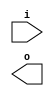
module msd (
	input [3:0] i,
	output [3:0] o
);
	//write Verilog code here
endmodule

module msd_tb;
	reg [3:0] i;
	wire [3:0] o;

	msd msd_i (.i(i), .o(o));

	integer k;
	initial begin
		$display("Time\ti\to");
		$monitor("%0t\t%b\t%b", $time, i, o);
		i = 0;
		for (k = 1; k < 16; k = k + 1)
			#10 i = k;
	end
endmodule